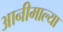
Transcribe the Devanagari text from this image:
आनीमाल्या